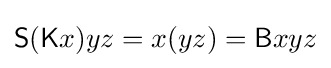
{\mathsf {S}}({\mathsf {K}}x)yz=x(yz)={\mathsf {B}}xyz